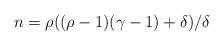
LaTeX: \begin{align*}n = \rho ((\rho -1)(\gamma -1) + \delta)/\delta\end{align*}